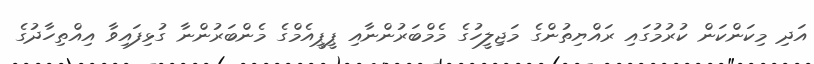
އަދި މިކަންކަން ކުރުމުގައި ރައްޔިތުންގެ މަޖިލީހުގެ މެމްބަރުންނާއި ޕީޕީއެމްގެ މެންބަރުންނާ ގުޅިފައިވާ އިއްތިހާދުގެ